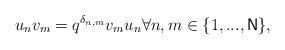
LaTeX: \begin{align*}u_{n}v_{m}=q^{\delta _{n,m}}v_{m}u_{n}\forall n,m\in \{1,...,\mathsf{N}\},\end{align*}